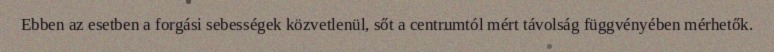
Ebben az esetben a forgási sebességek közvetlenül, sőt a centrumtól mért távolság függvényében mérhetők.